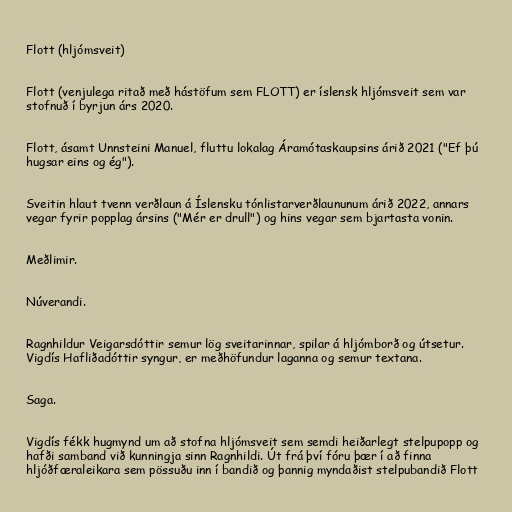
Flott (hljómsveit)

Flott (venjulega ritað með hástöfum sem FLOTT) er íslensk hljómsveit sem var
stofnuð í byrjun árs 2020.

Flott, ásamt Unnsteini Manuel, fluttu lokalag Áramótaskaupsins árið 2021 ("Ef þú
hugsar eins og ég").

Sveitin hlaut tvenn verðlaun á Íslensku tónlistarverðlaununum árið 2022, annars
vegar fyrir popplag ársins ("Mér er drull") og hins vegar sem bjartasta vonin.

Meðlimir.

Núverandi.

Ragnhildur Veigarsdóttir semur lög sveitarinnar, spilar á hljómborð og útsetur.
Vigdís Hafliðadóttir syngur, er meðhöfundur laganna og semur textana.

Saga.

Vigdís fékk hugmynd um að stofna hljómsveit sem semdi heiðarlegt stelpupopp og
hafði samband við kunningja sinn Ragnhildi. Út frá því fóru þær í að finna
hljóðfæraleikara sem pössuðu inn í bandið og þannig myndaðist stelpubandið Flott